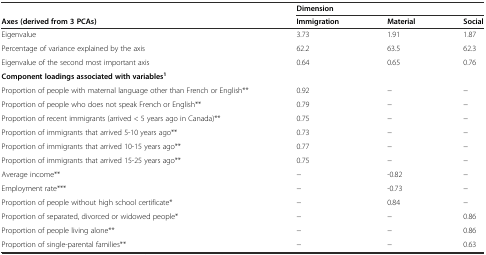
<table><thead><tr><td></td><td colspan="3"><b>Dimension</b></td></tr><tr><td><b>Axes (derived from 3 PCAs)</b></td><td><b>Immigration</b></td><td><b>Material</b></td><td><b>Social</b></td></tr></thead><tbody><tr><td>Eigenvalue</td><td>3.73</td><td>1.91</td><td>1.87</td></tr><tr><td>Percentage of variance explained by the axis</td><td>62.2</td><td>63.5</td><td>62.3</td></tr><tr><td>Eigenvalue of the second most important axis</td><td>0.64</td><td>0.65</td><td>0.76</td></tr><tr><td><b>Component loadings associated with variables</b><sup><b>1</b></sup></td><td></td><td></td><td></td></tr><tr><td>Proportion of people with maternal language other than French or English**</td><td>0.92</td><td>−</td><td>−</td></tr><tr><td>Proportion of people who does not speak French or English**</td><td>0.79</td><td>−</td><td>−</td></tr><tr><td>Proportion of recent immigrants (arrived &lt; 5 years ago in Canada)**</td><td>0.75</td><td>−</td><td>−</td></tr><tr><td>Proportion of immigrants that arrived 5-10 years ago**</td><td>0.73</td><td>−</td><td>−</td></tr><tr><td>Proportion of immigrants that arrived 10-15 years ago**</td><td>0.77</td><td>−</td><td>−</td></tr><tr><td>Proportion of immigrants that arrived 15-25 years ago**</td><td>0.75</td><td>−</td><td>−</td></tr><tr><td>Average income**</td><td>−</td><td>-0.82</td><td>−</td></tr><tr><td>Employment rate***</td><td>−</td><td>-0.73</td><td>−</td></tr><tr><td>Proportion of people without high school certificate*</td><td>−</td><td>0.84</td><td>−</td></tr><tr><td>Proportion of separated, divorced or widowed people*</td><td>−</td><td>−</td><td>0.86</td></tr><tr><td>Proportion of people living alone**</td><td>−</td><td>−</td><td>0.86</td></tr><tr><td>Proportion of single-parental families**</td><td>−</td><td>−</td><td>0.63</td></tr></tbody></table>